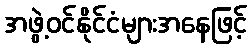
အဖွဲ့ဝင်နိုင်ငံများအနေဖြင့်